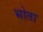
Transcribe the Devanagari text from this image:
भोता